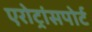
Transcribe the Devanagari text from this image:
एरोट्रांसपोर्ट